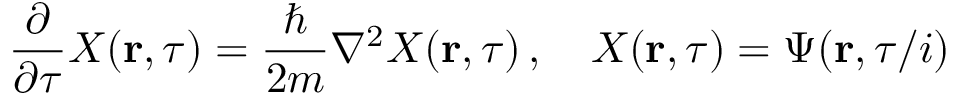
{ \frac { \partial } { \partial \tau } } X ( \mathbf { r } , \tau ) = { \frac { \hbar } { 2 m } } \nabla ^ { 2 } X ( \mathbf { r } , \tau ) \, , \quad X ( \mathbf { r } , \tau ) = \Psi ( \mathbf { r } , \tau / i )